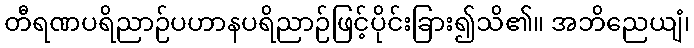
တီရဏပရိညာဉ်ပဟာနပရိညာဉ်ဖြင့်ပိုင်းခြား၍သိ၏။ အဘိညေယျံ၊